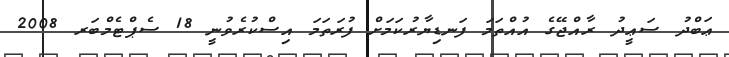
ޢަބްދު ސަޢީދު ރާއްޖޭގެ އުއްތަމަ ފަނޑިޔާރުކަމަށް ފުރަތަމަ އިސްކުރެވުނީ 18 ސެޕްޓެމްބަރ 2008